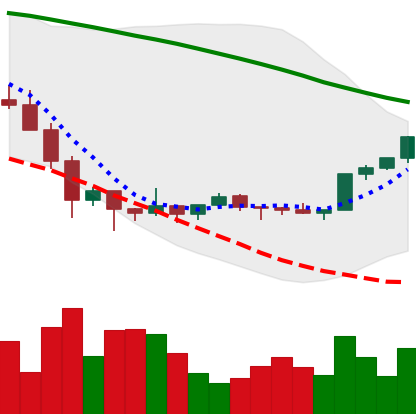
Ticker: XMR-USD
Chart end date: 2022-02-07
Forward return: -5.885%
Label: down_5_7